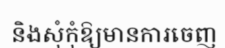
និងសុំកុំឱ្យមានការចេញ